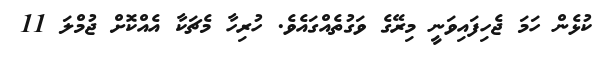
ކުޅެން ހަމަ ޖެހިފައިވަނީ މިރޭގެ ވަގުތެއްގައެވެ. ހުރިހާ މެޗަކާ އެއްކޮށް ޖުމްލަ 11